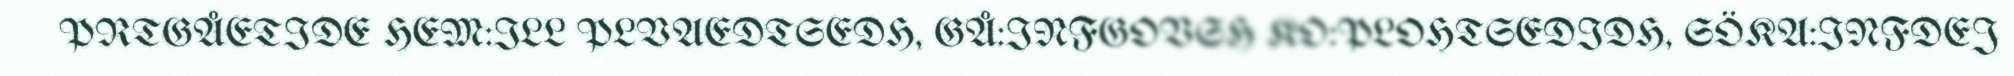
PRTGÅETIDE HEM:ILL PLVAEDTSEDH, GÅ:INFGOVSH KO:PLOHTSEDIDH, SÖKA:INFDEJ